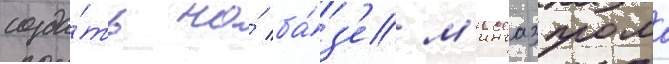
созда́ть на́ ба́з'е м'ингазпрома